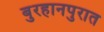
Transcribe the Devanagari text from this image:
बुरहानपुरात